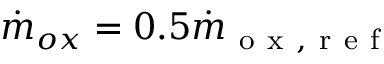
\Dot { m } _ { o x } = 0 . 5 \Dot { m } _ { \mathrm { ~ o ~ x ~ , ~ r ~ e ~ f ~ } }